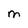
Character: M